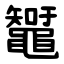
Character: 䵹